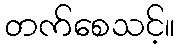
တက်စေသင့်။